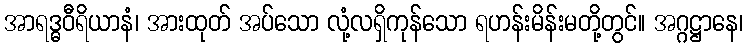
အာရဒ္ဓဝီရိယာနံ၊ အားထုတ် အပ်သော လုံ့လရှိကုန်သော ရဟန်းမိန်းမတို့တွင်။ အဂ္ဂဋ္ဌာနေ၊